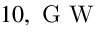
1 0 , \mathrm { ~ G ~ W ~ }